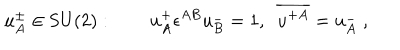
u _ { A } ^ { \pm } \in \mathrm { S U ( 2 ) } : \qquad u _ { A } ^ { + } \epsilon ^ { A B } u _ { B } ^ { - } = 1 , \ \ \overline { { { u ^ { + A } } } } = u _ { A } ^ { - } \; ,